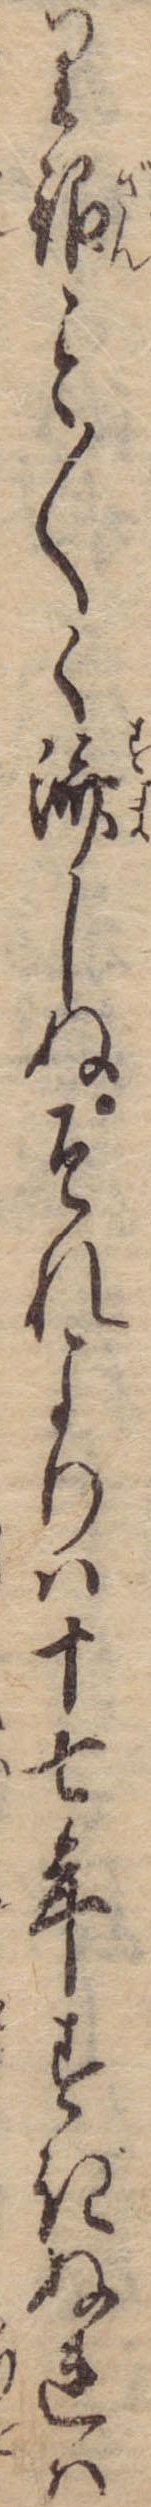
り銀〱く済しぬそれよりは十七年すぎぬれば